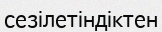
сезілетіндіктен